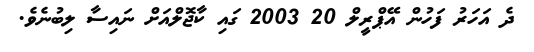
ދެ އަހަރު ފަހުން އޭޕްރީލް 20 2003 ގައި ކާޖޮލްއަށް ނައިސާ ލިބުނެވެ.